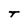
Character: T